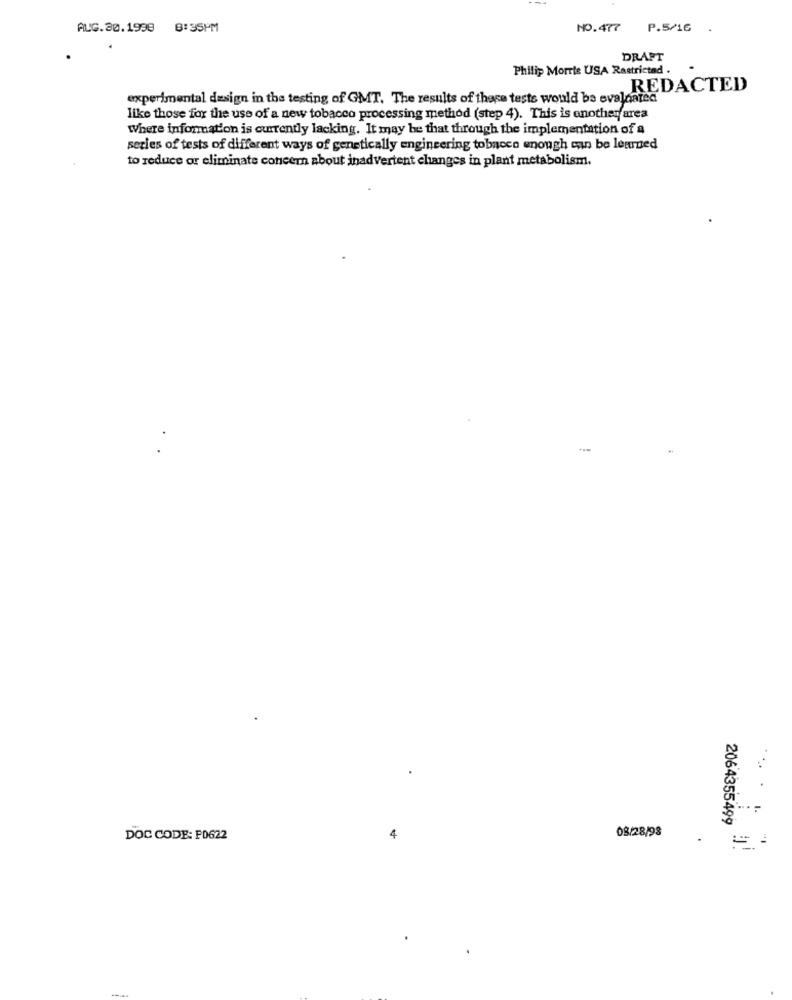
ALC.30.1998 8:35PM
NO.477
P.5/16 .
DRAFT
Philip Morris USA Restricted .
REDACTED
experimental design in the testing of GMT. The results of these tests would be evaluated
like those for the use of a new tobacco processing method (step 4). This is another area
Where information is currently lacking. It may be that through the implementation of a
series of tests of different ways of genetically engineering tobacco enough can be learned
to reduce or eliminate concern about inadvertent changes in plant metabolism.
....
2064355499
08/28/98
DOC CODE: F0622
4